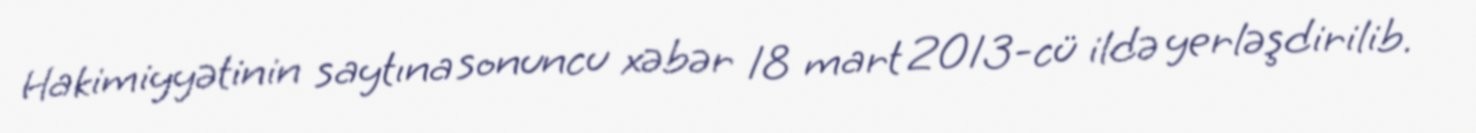
Hakimiyyətinin saytına sonuncu xəbər 18 mart 2013-cü ildə yerləşdirilib.